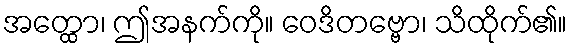
အတ္ထော၊ ဤအနက်ကို။ ဝေဒိတဗ္ဗော၊ သိထိုက်၏။